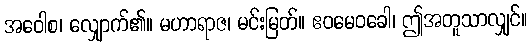
အဝေါစ၊ လျှောက်၏။ မဟာရာဇ၊ မင်းမြတ်။ ဧဝမေဝခေါ၊ ဤအတူသာလျှင်။